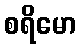
စရိမော